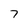
Character: 7